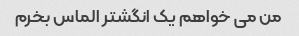
من می خواهم یک انگشتر الماس بخرم